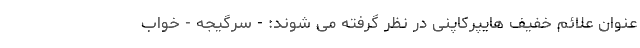
عنوان علائم خفیف هایپرکاپنی در نظر گرفته می شوند: - سرگیجه - خواب